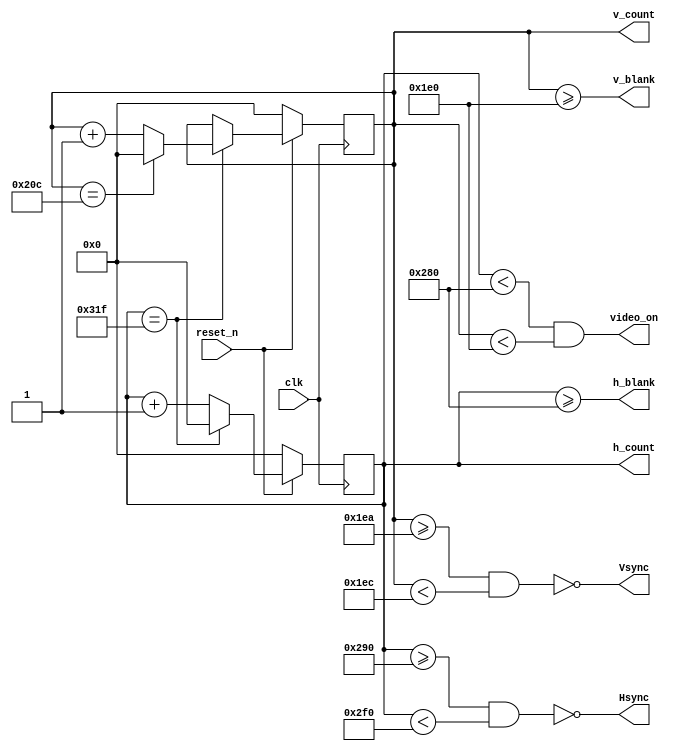

module vga_sync(clk , reset_n , Hsync , Vsync , video_on , v_count , h_count , v_blank , h_blank );

  input clk , reset_n;
  output wire Hsync , Vsync;
	output wire video_on; 
	output reg  [9:0] v_count;
	output reg  [9:0] h_count;
  output wire v_blank , h_blank ;
    
    wire h_countmaxed = (h_count == 799); // 16 + 48 + 96 + 640
    wire v_countmaxed = (v_count == 524); // 10 + 2 + 33 + 480

    always @(posedge clk )
    begin
      if ( !reset_n )
        h_count <= 0 ;
      else
      begin
        if (h_countmaxed)
          h_count <= 0;
        else
          h_count <= h_count + 1;
      end
    end

    always @(posedge clk )
    begin
      if ( !reset_n )
        v_count <= 0 ;
      else
      begin
        if (h_countmaxed)
        begin
          if(v_countmaxed)
            v_count <= 0;
          else
            v_count <= v_count + 1;
        end
      end
      
    end

    assign Hsync = ~(h_count >= (640 + 16) && (h_count < (640 + 16 + 96)));   // active for 96 clocks
    assign Vsync = ~(v_count >= (480 + 10) && (v_count < (480 + 10 + 2)));   // active for 2 clocks
    assign video_on = (h_count < 640) && (v_count < 480);

    assign v_blank = (v_count >= 480) ;
    assign h_blank = ( h_count >= 640 ) ;  

endmodule